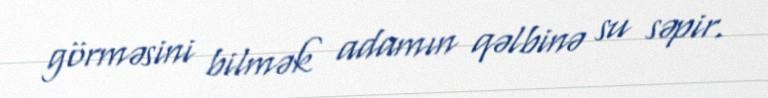
görməsini bilmək adamın qəlbinə su səpir.